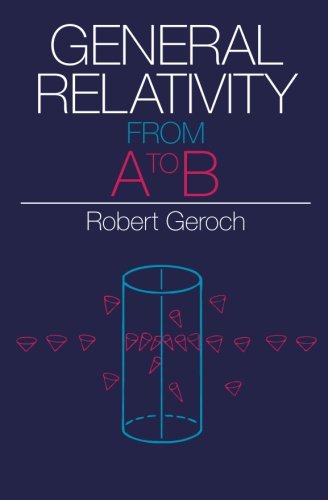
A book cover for General Relativity from A to B; Robert Geroch; Science & Math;